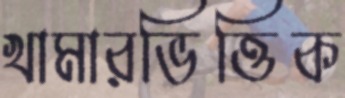
খামারভিত্তিক